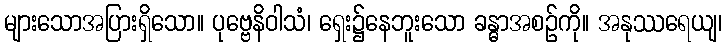
များသောအပြားရှိသော။ ပုဗ္ဗေနိဝါသံ၊ ရှေး၌နေဘူးသော ခန္ဓာအစဉ်ကို။ အနုဿရေယျ၊